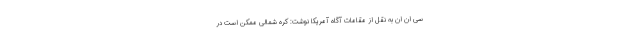
سی ان ان به نقل از مقامات آگاه آمریکا نوشت: کره شمالی ممکن است در